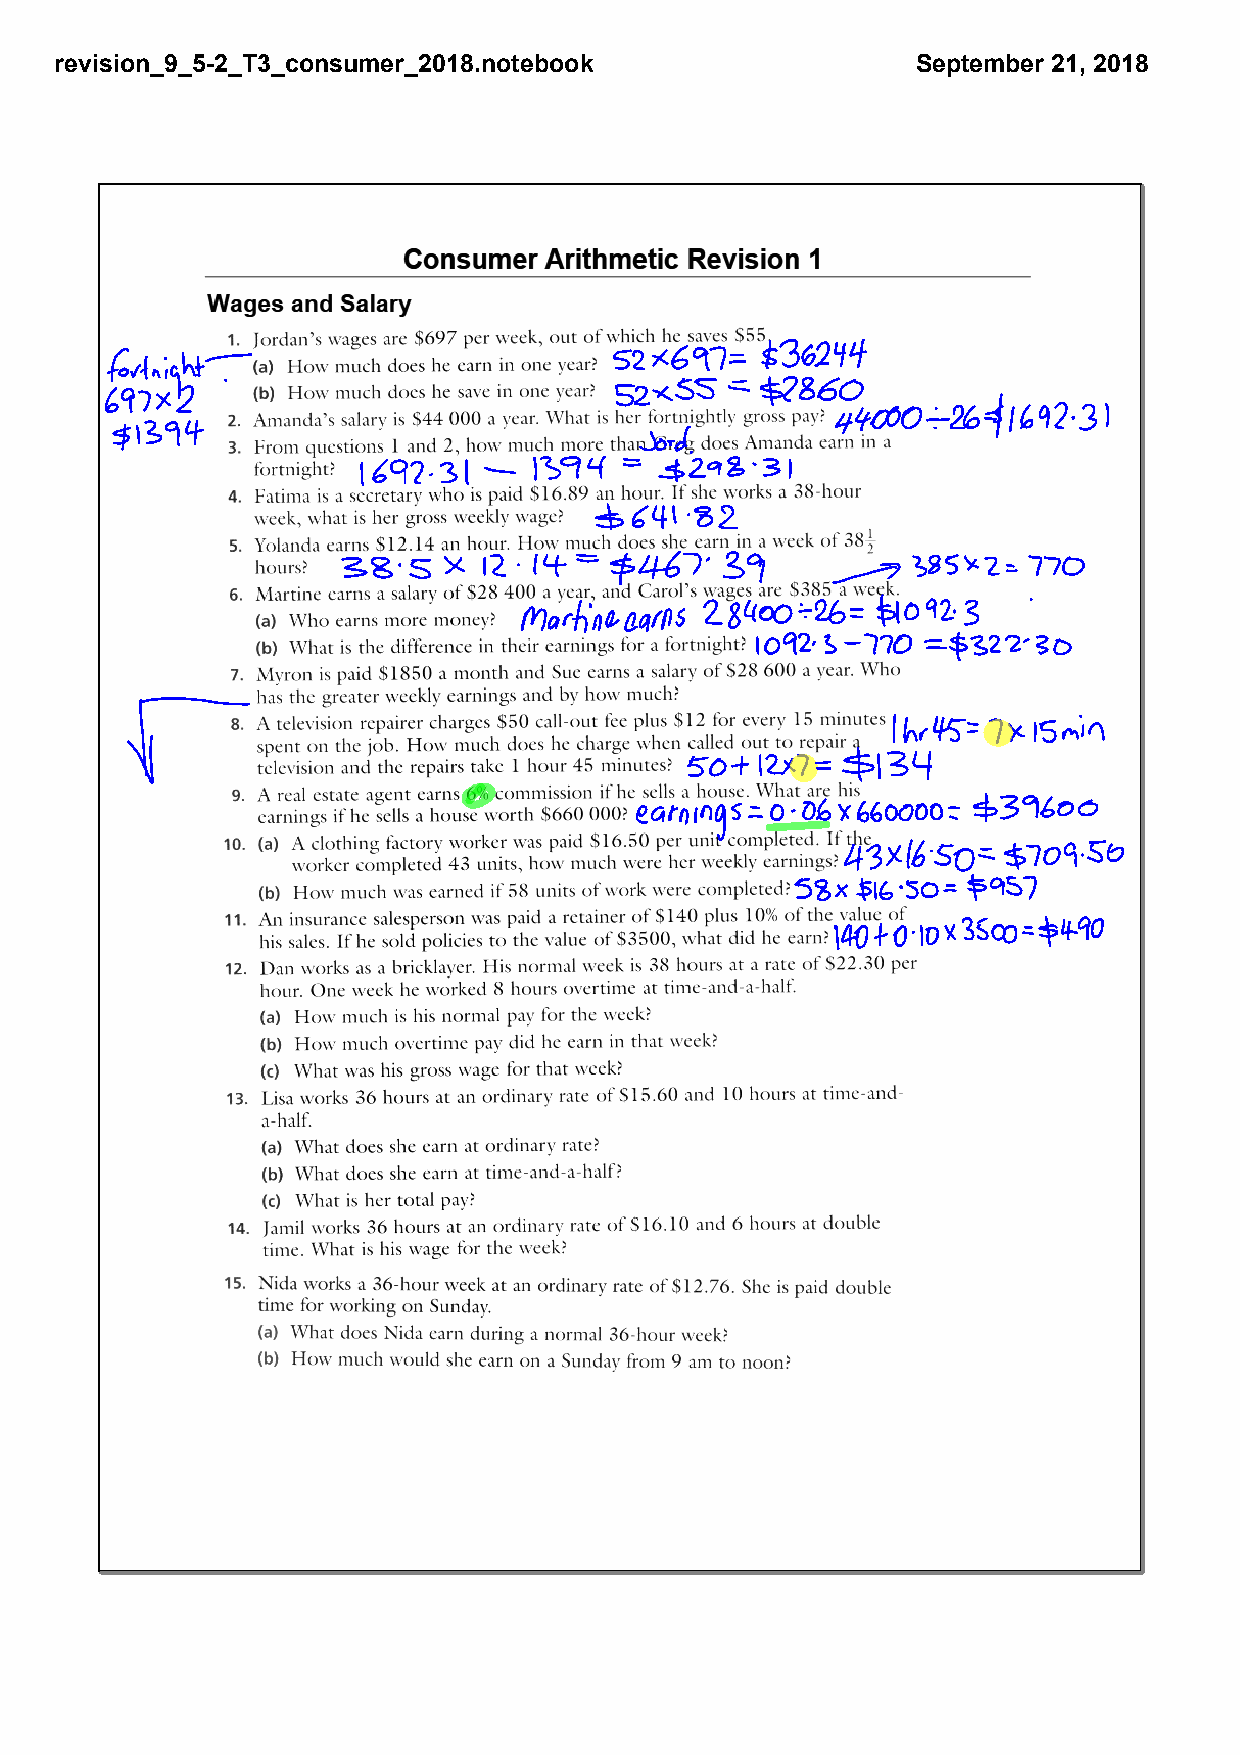
revision_9_5­2_T3_consumer_2018.notebook                 September 21, 2018